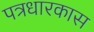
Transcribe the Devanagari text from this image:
पत्रधारकास